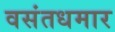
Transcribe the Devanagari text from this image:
वसंतधमार